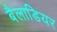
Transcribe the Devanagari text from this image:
बैलाडियर